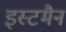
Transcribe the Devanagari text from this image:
इस्टमैन